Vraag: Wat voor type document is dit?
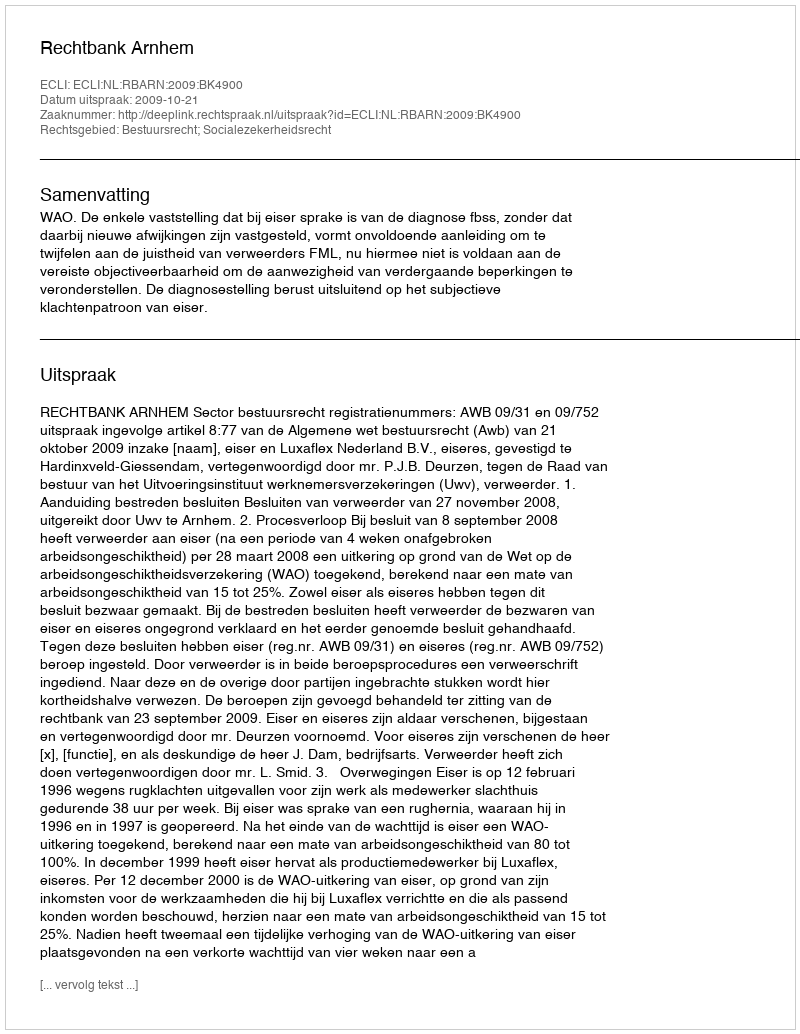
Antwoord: Uitspraak